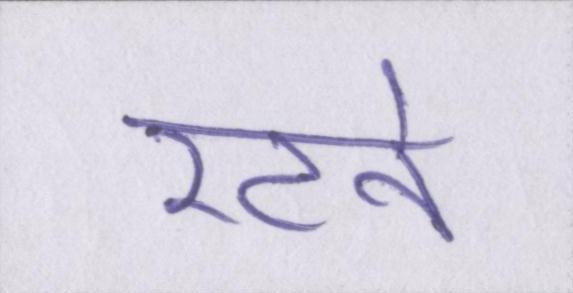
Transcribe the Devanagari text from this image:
रटने